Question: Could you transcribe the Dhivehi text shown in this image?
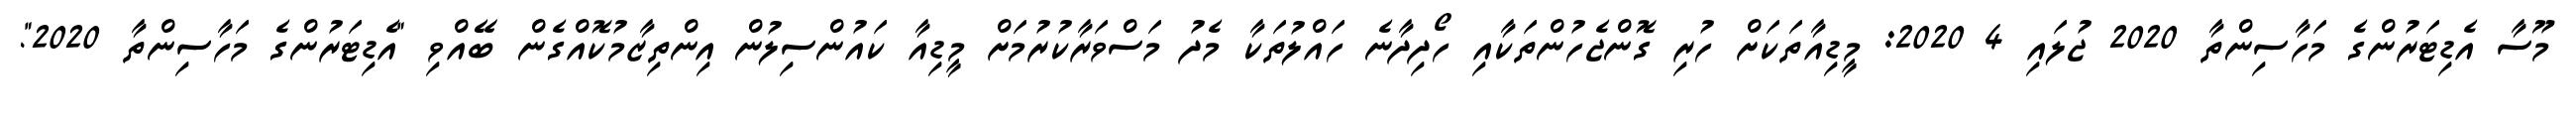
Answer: މޫސާ އެޑިޓަރުންގެ މަހާސިންތާ 2020 ޖުލައި 4 2020: މީޑިއާތަކަށް ހުރި ގޮންޖެހުންތަކާއި ހޯދިދާނެ ހައްލުތަކާ މެދު މަސްވަރާކުރުމަށް މީޑިއާ ކައުންސިލުން އިންތިޒާމުކޮއްގެން ބޭއްވި "އެޑިޓަރުންގެ މަހާސިންތާ 2020".